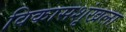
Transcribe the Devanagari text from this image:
विकासशृंखला